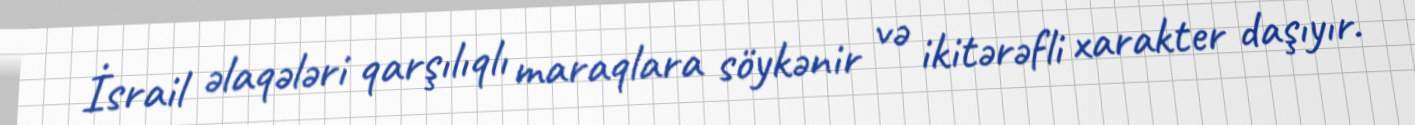
İsrail əlaqələri qarşılıqlı maraqlara söykənir və ikitərəfli xarakter daşıyır.